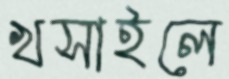
খসাইলে